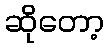
ဆိုတော့